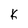
Character: K